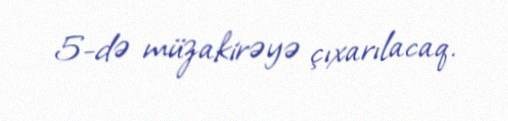
5-də müzakirəyə çıxarılacaq.